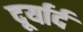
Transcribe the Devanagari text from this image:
दूर्यार्द